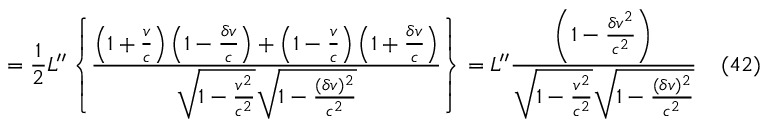
= { \frac { 1 } { 2 } } L ^ { \prime \prime } \left\{ \frac { \left( 1 + \frac { v } { c } \right) \left( 1 - \frac { \delta v } { c } \right) + \left( 1 - \frac { v } { c } \right) \left( 1 + \frac { \delta v } { c } \right) } { \sqrt { 1 - \frac { v ^ { 2 } } { c ^ { 2 } } } \sqrt { 1 - \frac { ( \delta v ) ^ { 2 } } { c ^ { 2 } } } } \right\} = L ^ { \prime \prime } \frac { \left( 1 - \frac { \delta v ^ { 2 } } { c ^ { 2 } } \right) } { \sqrt { 1 - \frac { v ^ { 2 } } { c ^ { 2 } } } \sqrt { 1 - \frac { ( \delta v ) ^ { 2 } } { c ^ { 2 } } } } \eqno ( 4 2 )